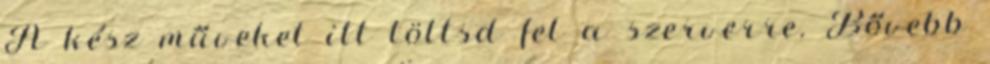
A kész műveket itt töltsd fel a szerverre. Bővebb